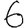
Digit: 6